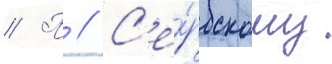
// П // С'е́рбскому